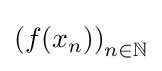
\left(f(x_{n})\right)_{n\in \mathbb {N} }